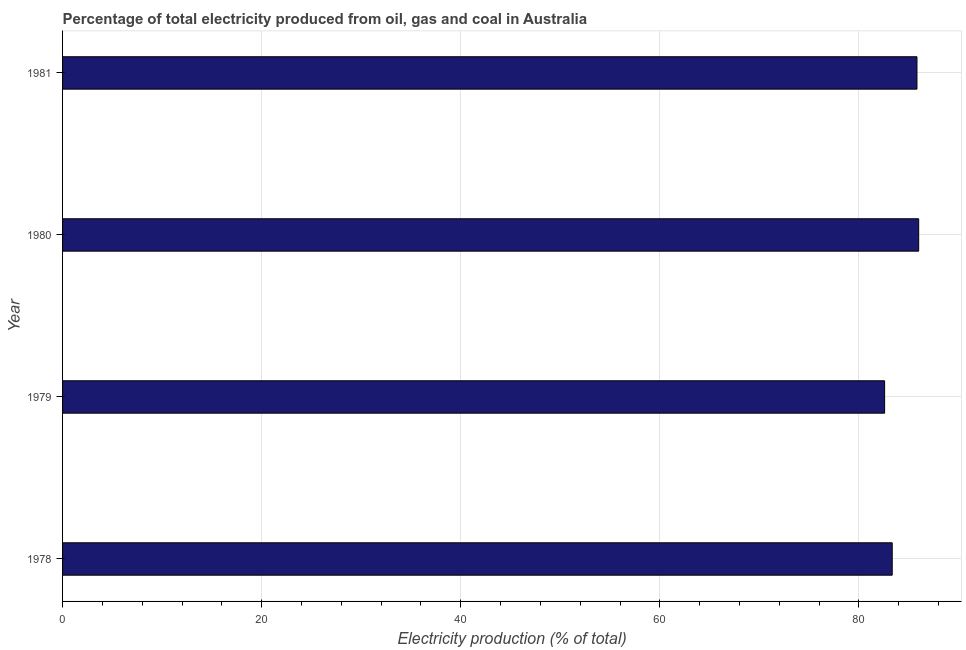
| Year | Electricity production |
 | --- | --- |
 | 1978 | 83.3 |
 | 1979 | 82.6 |
 | 1980 | 86 |
 | 1981 | 85.8 |